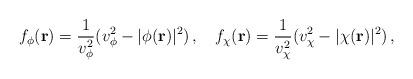
LaTeX: \begin{align*}f_\phi({\bf r})=\frac{1}{v_\phi^2}(v_\phi^2-|\phi({\bf r})|^2)\,,\hspace{4mm}f_\chi({\bf r})=\frac{1}{v_\chi^2}(v_\chi^2-|\chi({\bf r})|^2)\,,\end{align*}